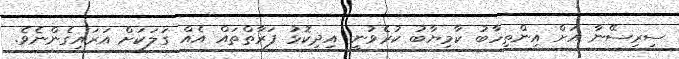
ސިރިސޭނާ އަށް އިންތިހާބު ކާމިޔާބު ކުރެވުނީ އިދިކޮޅު ފަރާތްތައް އެއް ގަލަކަށް އަރައިގެންނެވެ.